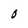
Character: O